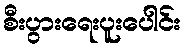
စီးပွားရေးပူးပေါင်း